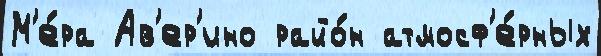
М'е́ра Ав'ер'ино райо́н атмосф'е́рных